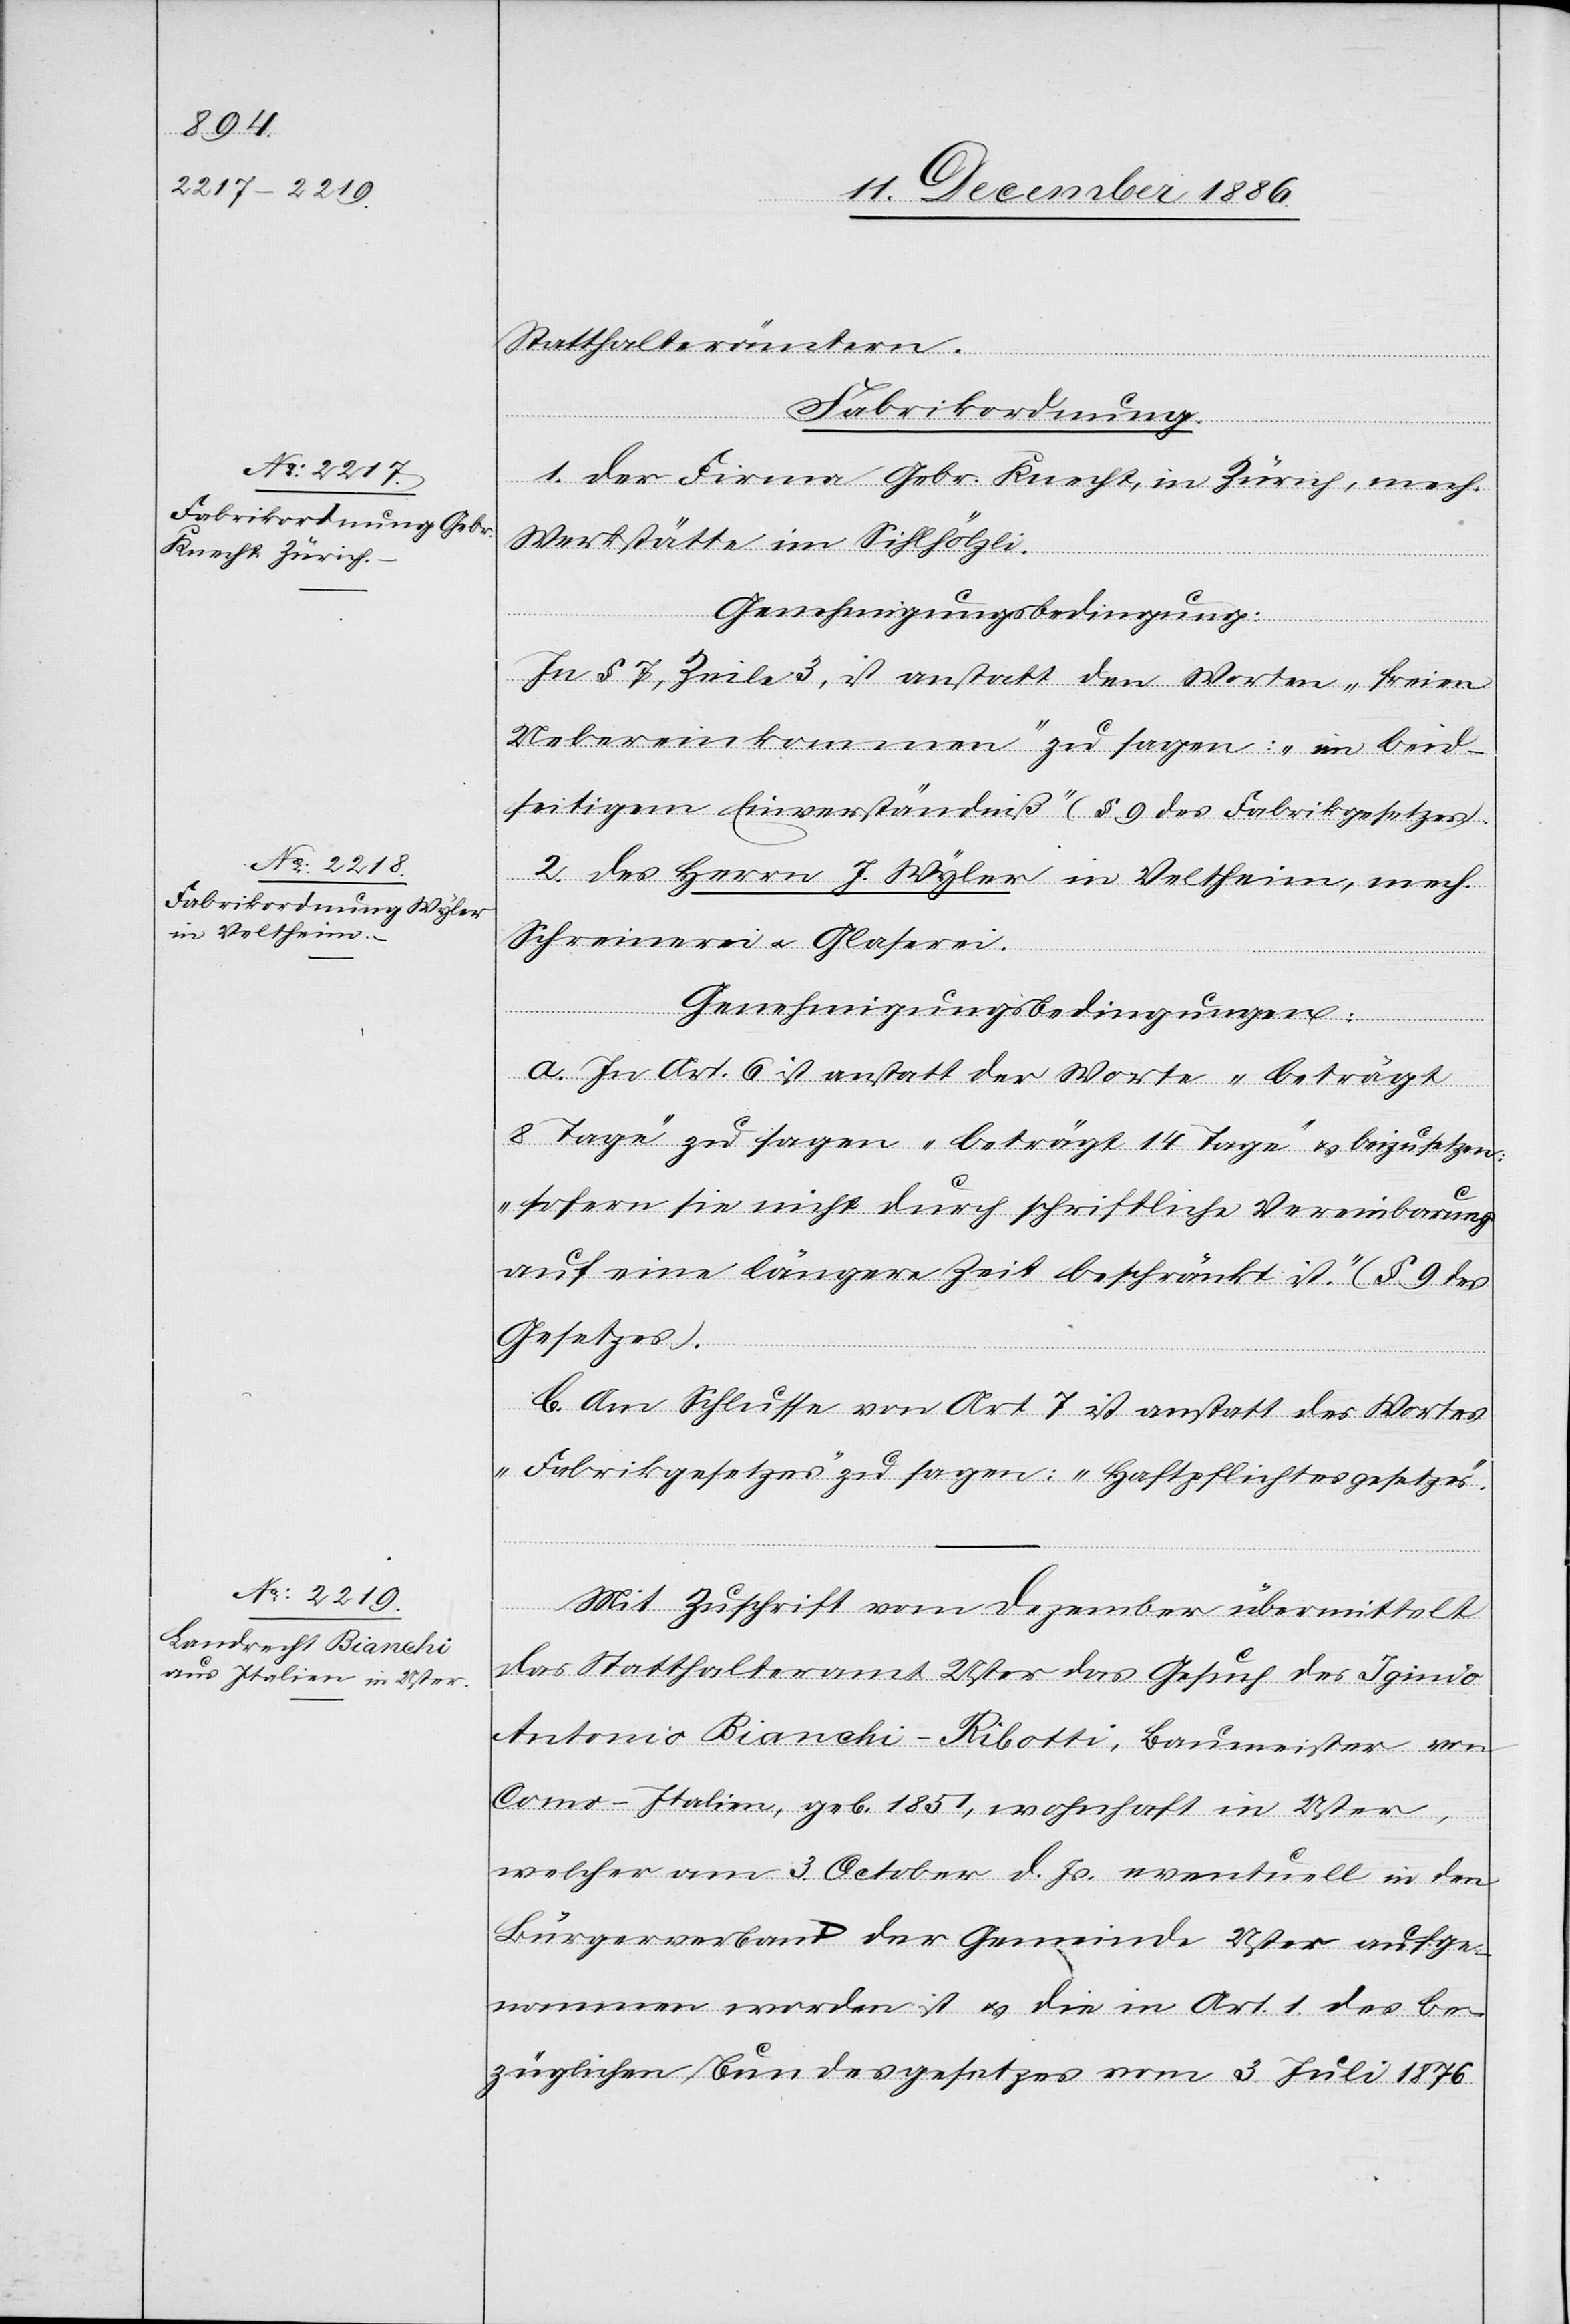
Statthalterämtern.
Fabrikordnung.
1. der Firma Gebr. Knecht, in Zürich, mech.
Werkstätte im Sihlhölzli.
Genehmigungsbedingung:
In § 7, Zeile 3, ist anstatt den Worten „freien
Uebereinkommen“ zu sagen: „im beid¬
seitigem [sic!] Einverständniß“ (§ 9 des Fabrikgesetzes).
2. des Herrn J. Wyler in Veltheim, mech.
Schreinerei & Glaserei.
Genehmigungsbedingungen:
a. In Art. 6 ist anstatt der Worte „beträgt
8 Tage“ zu sagen „beträgt 14 Tage“ & beizusetzen:
„sofern sie nicht durch schriftliche Vereinbarung
auf eine längere Zeit beschränkt ist.“ (§ 9 des
Gesetzes).
b. Am Schlusse von Art. 7 ist anstatt des Wortes
„Fabrikgesetzes“ zu sagen: „Haftpflichtesgesetzes“
Mit Zuschrift vom Dezember übermittelt
das Statthalteramt Uster das Gesuch des Iginio
Antonio Bianchi-Ribotti, Baumeister von
Como - Italien, geb. 1851, wohnhaft in Uster,
welcher am 3. October d. Js. eventuell in den
Bürgerverband der Gemeinde Uster aufge¬
nommen worden ist & die in Art. 1. des be¬
züglichen Bundesgesetzes vom 3. Juli 1876